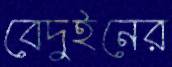
বেদুইনের